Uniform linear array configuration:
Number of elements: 12
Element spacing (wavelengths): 0.75
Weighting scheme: hann
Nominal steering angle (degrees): -15
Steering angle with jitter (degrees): -13.812
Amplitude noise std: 0.05
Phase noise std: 0.05

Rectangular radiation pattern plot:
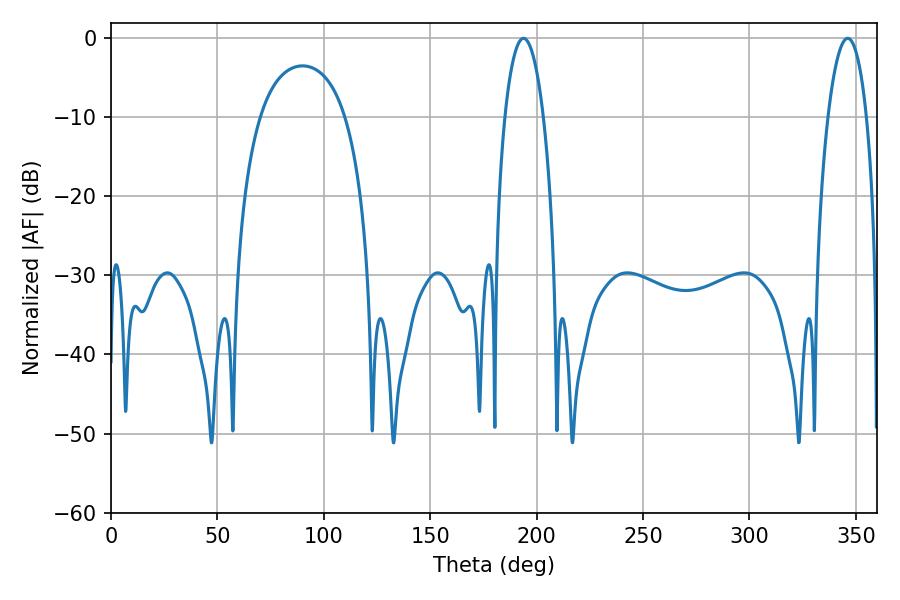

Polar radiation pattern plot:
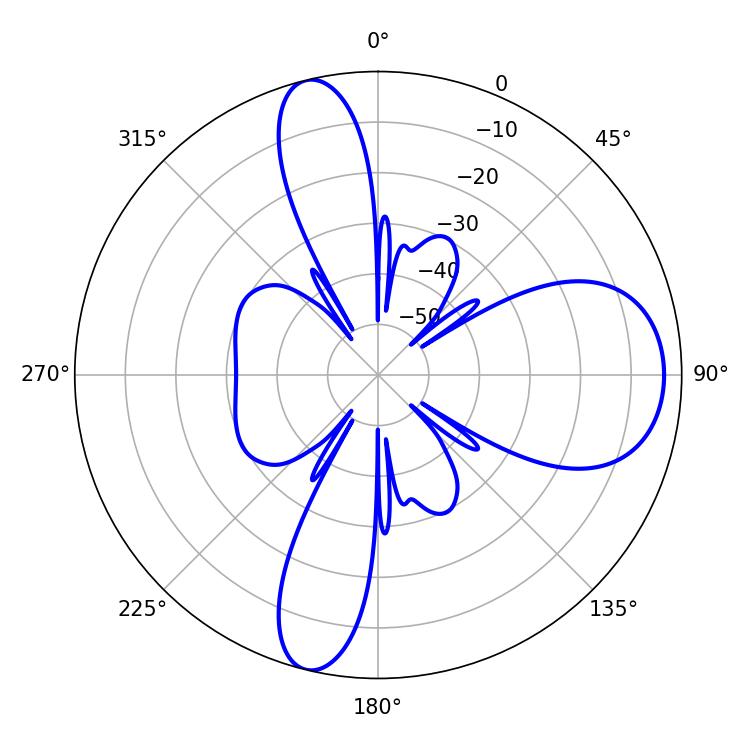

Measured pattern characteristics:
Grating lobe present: TRUE
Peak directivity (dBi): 11.746
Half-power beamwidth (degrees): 10.26
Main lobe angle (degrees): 193.86